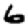
Digit: 6